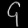
Digit: ၄